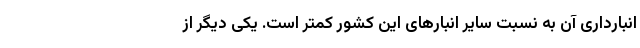
انبارداری آن به نسبت سایر انبارهای این کشور کمتر است. یکی دیگر از